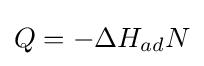
Q=-\Delta H_{ad}N